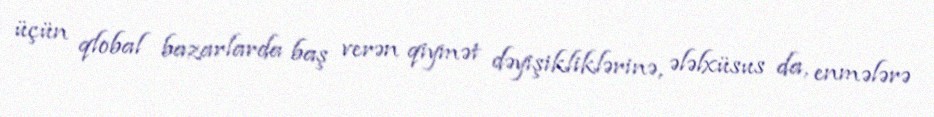
üçün qlobal bazarlarda baş verən qiymət dəyişikliklərinə, ələlxüsus da, enmələrə